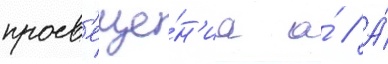
просв'еще́н'иа а́ // А́